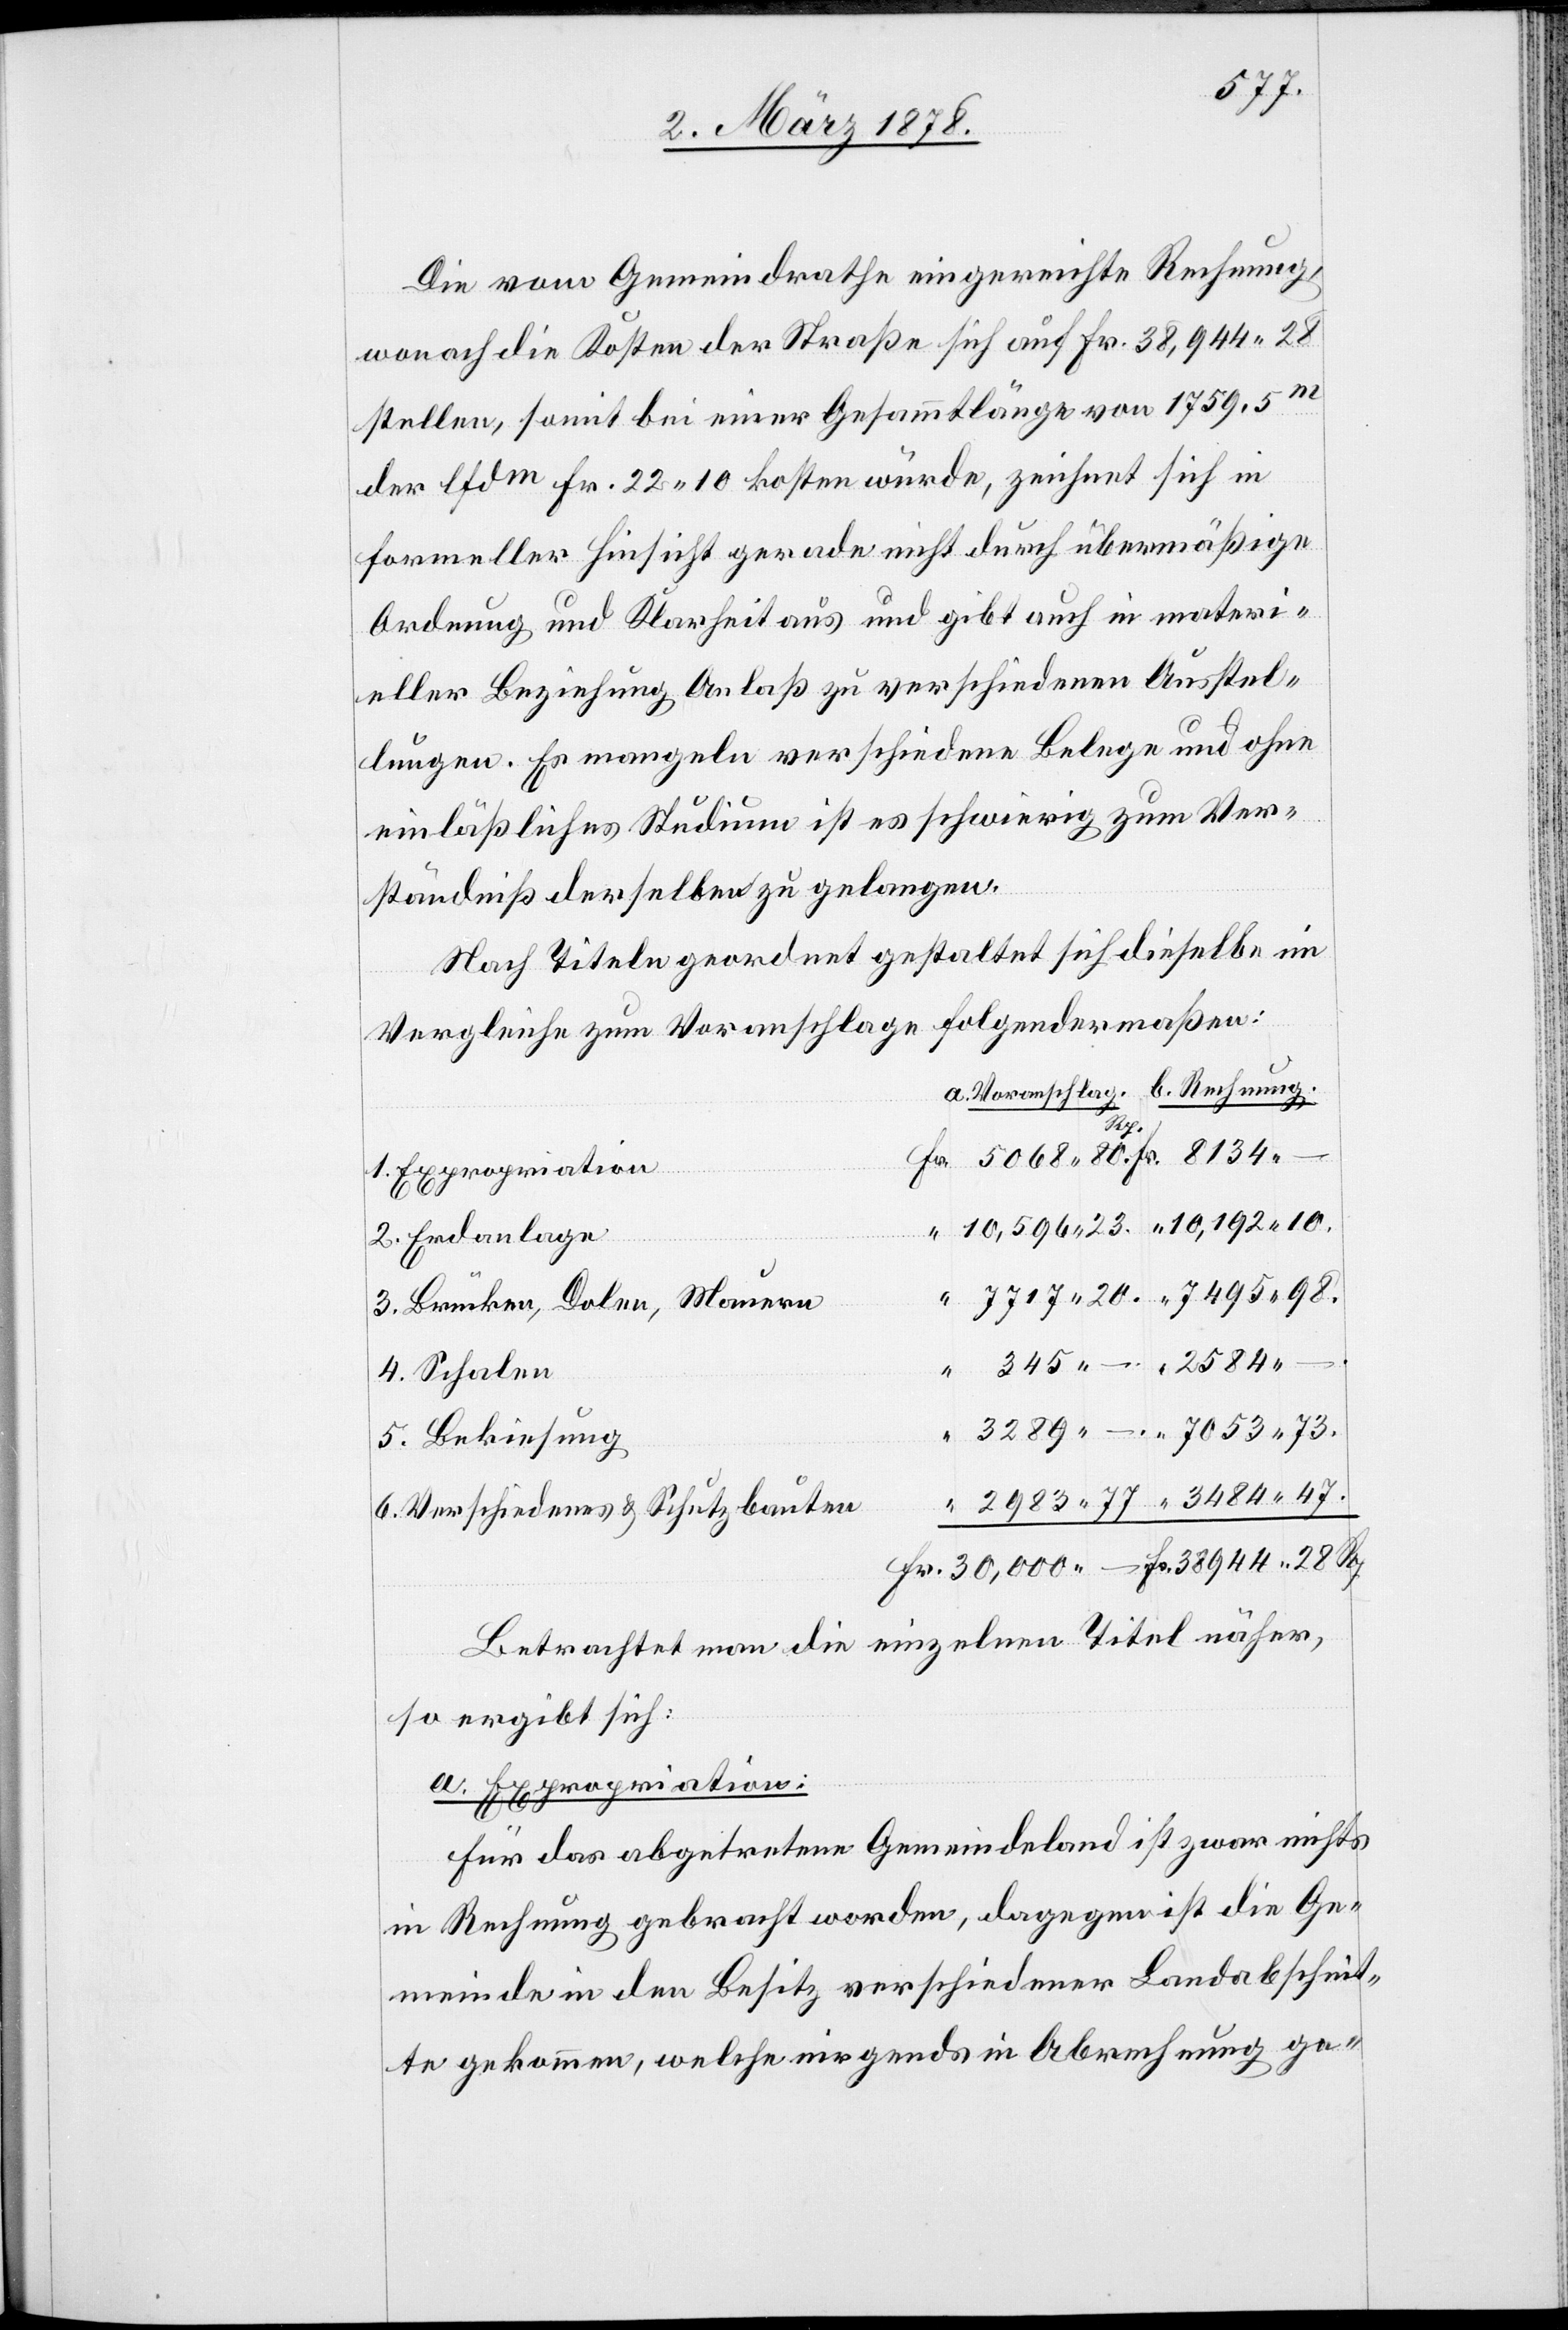
7717.
Die vom Gemeindrathe eingereichte Rechnung,
wonach die Kosten der Straße sich auf Fr. 38,944. 28
stellen, somit bei einer Gesammtlänge von 1759.5m
der lfdm Fr. 22. 10 kosten würde, zeichnet sich in
formeller Hinsicht gerade nicht durch übermäßige
Ordnung und Klarheit aus und gibt auch in materi¬
eller Beziehung Anlaß zu verschiedenen Ausstel¬
lungen. Es mangeln verschiedene Belege und ohne
einlässliches Studium ist es schwierig zum Ver¬
ständniß derselben zu gelangen.
Nach Titeln geordnet gestaltet sich dieselbe im
Vergleiche zum Voranschlage folgendermaßen:
Rp.
1. Expropriation
2. Erdanlage
3. Brücken, Dolen, Mauern
28
4. Schalen
5. Bekiesung
6. Verschiedenes & Schutzbauten
Betrachtet man die einzelnen Titel näher,
so ergibt sich:
a. Expropriation:
Für das abgetretene Gemeindeland ist zwar nichts
in Rechnung gebracht worden, dagegen ist die Ge¬
meinde in den Besitz verschiedener Landabschnit¬
te gekommen, welche nirgends in Abrechnung ge-